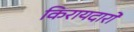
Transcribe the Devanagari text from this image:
किरायदारों